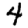
Digit: 4